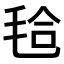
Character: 𣭝